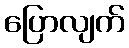
ပြောလျက်